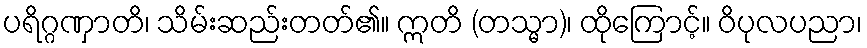
ပရိဂ္ဂဏှာတိ၊ သိမ်းဆည်းတတ်၏။ ဣတိ (တသ္မာ)၊ ထိုကြောင့်။ ဝိပုလပညာ၊